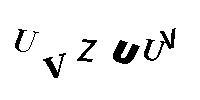
UVZUUV